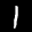
Label: 1